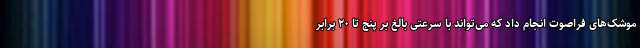
موشک‌های فراصوت انجام داد که می‌تواند با سرعتی بالغ بر پنج تا ۲۰ برابر